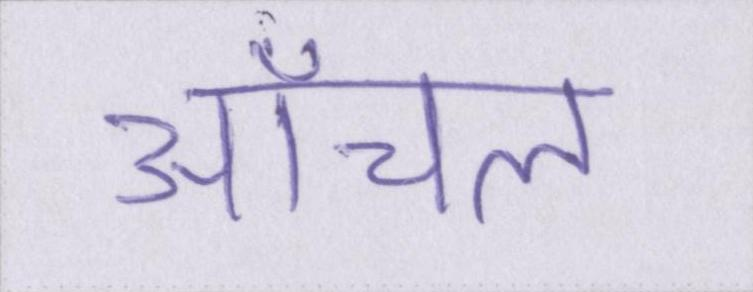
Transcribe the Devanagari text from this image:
आंचल